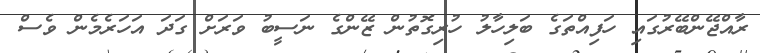
ރާއްޖޭންބޭރުގައި ހަފިއްތަގެ ބަލިހާލު ހުރިގޮތުން ޒޭންގެ ނަސީބު ވަރަށް ގަދަ އަހަރެމެން ވެސް